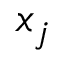
x _ { j }